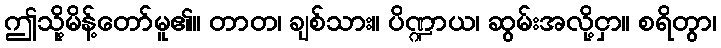
ဤသို့မိန့်တော်မူ၏။ တာတ၊ ချစ်သား။ ပိဏ္ဍာယ၊ ဆွမ်းအလို့ငှာ။ စရိတွာ၊